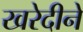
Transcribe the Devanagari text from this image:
खरेदीने